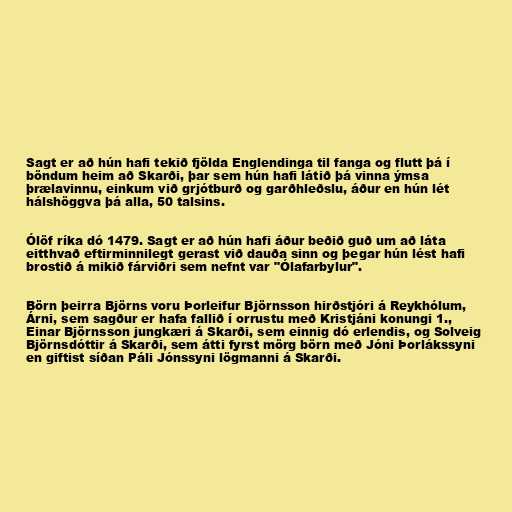
Sagt er að hún hafi tekið fjölda Englendinga til fanga og flutt þá í
böndum heim að Skarði, þar sem hún hafi látið þá vinna ýmsa
þrælavinnu, einkum við grjótburð og garðhleðslu, áður en hún lét
hálshöggva þá alla, 50 talsins.

Ólöf ríka dó 1479. Sagt er að hún hafi áður beðið guð um að láta
eitthvað eftirminnilegt gerast við dauða sinn og þegar hún lést hafi
brostið á mikið fárviðri sem nefnt var "Ólafarbylur".

Börn þeirra Björns voru Þorleifur Björnsson hirðstjóri á Reykhólum,
Árni, sem sagður er hafa fallið í orrustu með Kristjáni konungi 1.,
Einar Björnsson jungkæri á Skarði, sem einnig dó erlendis, og Solveig
Björnsdóttir á Skarði, sem átti fyrst mörg börn með Jóni Þorlákssyni
en giftist síðan Páli Jónssyni lögmanni á Skarði.